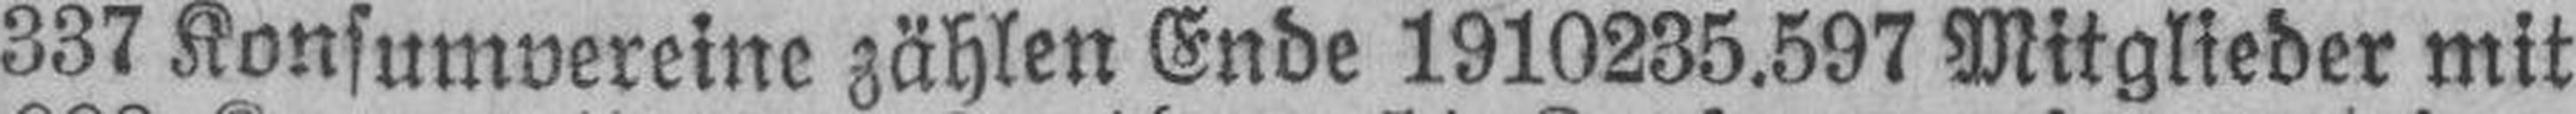
337 Konsumvereine zählen Ende 1910235.597 Mitglieder mit